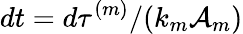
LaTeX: dt=d\tau^{(m)}/(k_{m}\mathcal{A}_{m})